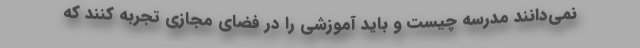
نمی‌دانند مدرسه چیست و باید آموزشی را در فضای مجازی تجربه کنند که